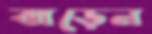
ঝাড়েন